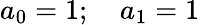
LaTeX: a_{0}=1;\quad a_{1}=1